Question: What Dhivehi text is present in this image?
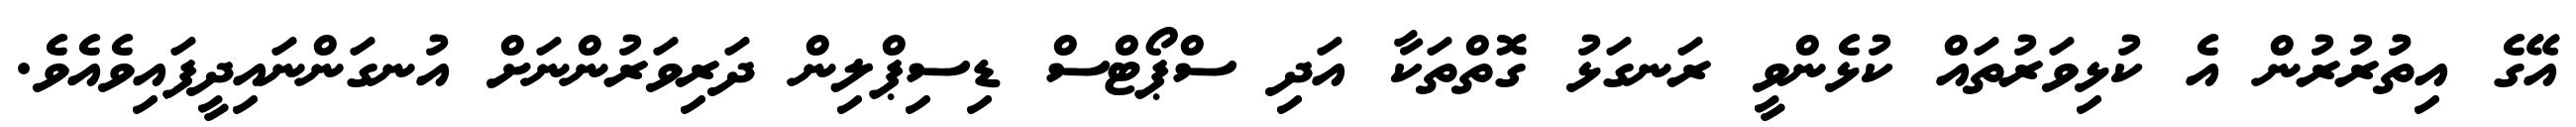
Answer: އޭގެ އިތުުރުރުން އެ ކުޅިވަރުތައް ކުޅެންވީ ރަނގަޅު ގޮތްތަކާ އަދި ސްޕޯޓްސް ޑިސިޕްލިން ދަރިވަރުންނަށް އުނގަންނައިދީފައިވެއެވެ.